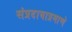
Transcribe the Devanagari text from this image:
संप्रदायाप्रमाणे